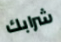
شرابك